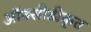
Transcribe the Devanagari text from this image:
ऑक्सीडीकृत